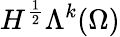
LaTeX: H^{\frac{1}{2}}\Lambda^{k}(\Omega)